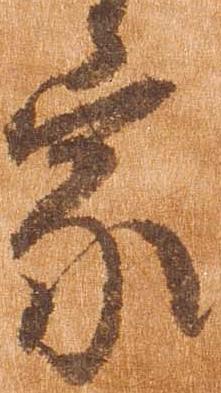
家